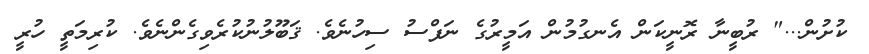
ކުށުން..." ރުބީނާ ރޮނީކަން އެނގުމުން އަމީރުގެ ނަފްސު ސިހުނެވެ. ޤަބޫލުނުކުރެވިގެންނެވެ. ކުރިމަތީ ހުރީ